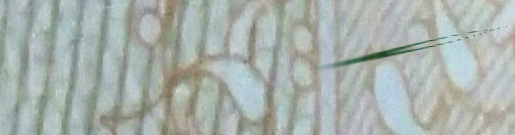
Coffee Shop